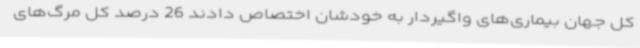
کل جهان بیماری‌های واگیردار به خودشان اختصاص دادند 26 درصد کل مرگ‌های